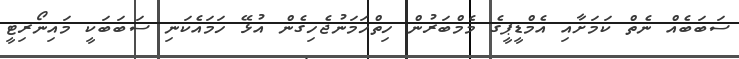
ސަބަބެއް ނެތް ކަމަށާއި އެމްޑީޕީގެ މެމްބަރުން ހިތްހަމަނުޖެހިގެން އުޅޭ ހަމައެކަނި ސަބަބަކީ މައިނޯރިޓީ